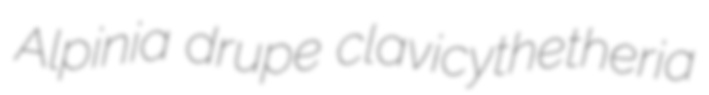
Alpinia drupe clavicythetheria